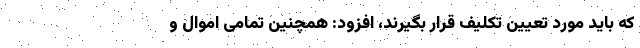
که باید مورد تعیین تکلیف قرار بگیرند، افزود: همچنین تمامی اموال و